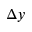
\Delta y